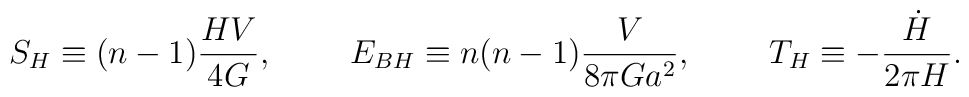
S_H\equiv (n-1){{HV}\over{4G}}, \ \ \ \ \ \ \ E_{BH}\equiv n(n-1){V\over{8\pi Ga^2}}, \ \ \ \ \ \ \ T_H\equiv -{\dot{H}\over{2\pi H}}.